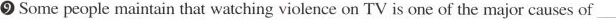
9 Some people maintain that watching violence on TV is one of the major causes of___